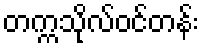
တက္ကသိုလ်ဝင်တန်း